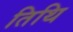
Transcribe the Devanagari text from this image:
तिथि